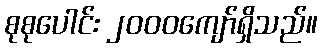
စုစုပေါင်း ၂၀၀၀ကျော်ရှိသည်။